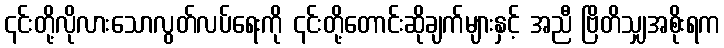
၎င်းတို့လိုလားသောလွတ်လပ်ရေးကို ၎င်းတို့တောင်းဆိုချက်များနှင့် အညီ ဗြိတိသျှအစိုးရက